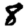
Digit: 8